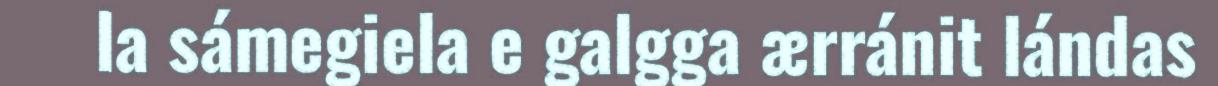
la sámegiela e galgga ærránit lándas